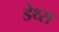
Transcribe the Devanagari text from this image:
डेथ्स